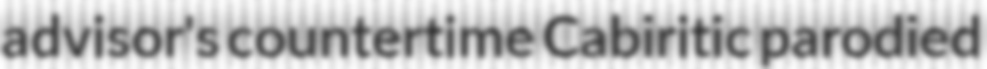
advisor's countertime Cabiritic parodied